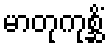
မာတုကုစ္ဆိံ